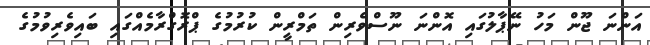
އަންނަ ޖޫން މަހު ނޭޕާލުގައި އޮންނަ ނޫސްވެރިން ތަމްރީން ކުރުމުގެ ޕްރޮގްރާމެއްގައި ބައިވެރިވުމުގެ